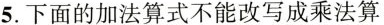
5.下面的加法算式不能改写成乘法算